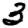
Digit: 3